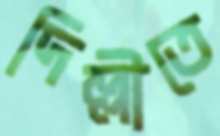
দিল্লীতে